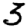
Digit: 3